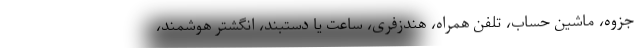
جزوه، ماشین حساب، تلفن همراه، هندزفری، ساعت یا دستبند، انگشتر هوشمند،